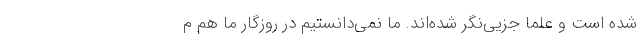
شده است و علما جزیی‌نگر شده‌اند. ما نمی‌دانستیم در روزگار ما هم م